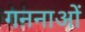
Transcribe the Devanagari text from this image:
गननाओं